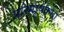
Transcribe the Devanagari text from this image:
परिमापकता